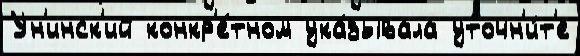
Ун'инск'ий конкр'е́тном ука́зывала уточн'и́т'е